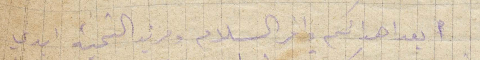
بعد اهائكم احر السلام ومزيد التحية ابدي